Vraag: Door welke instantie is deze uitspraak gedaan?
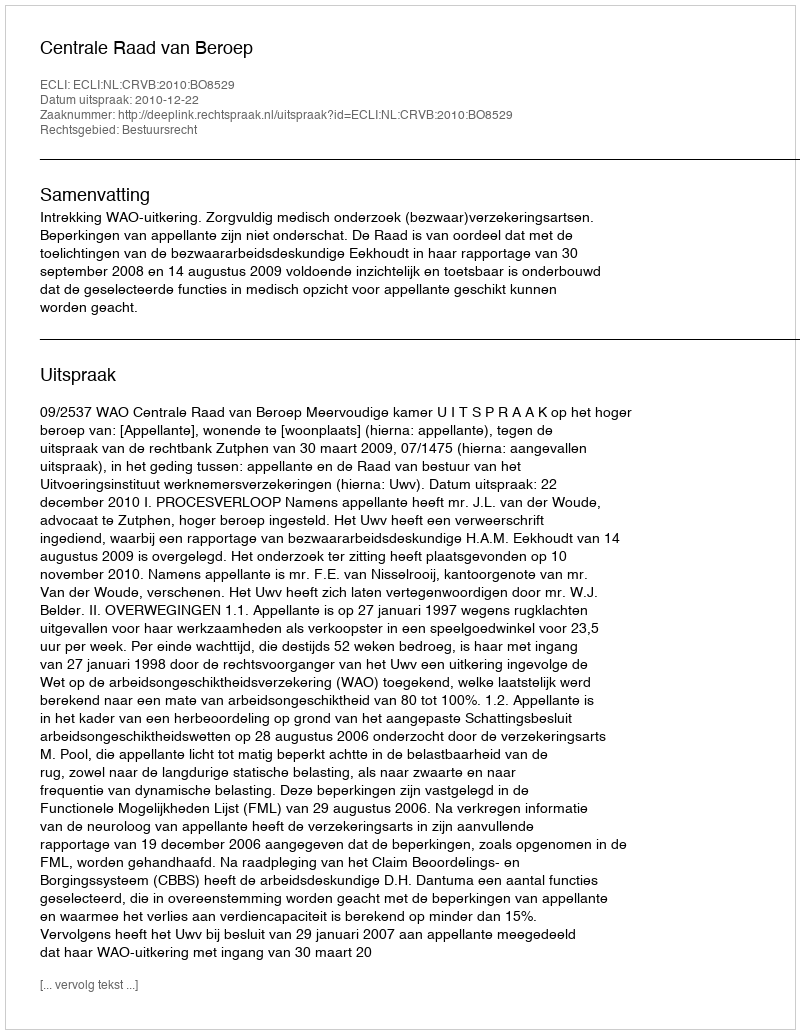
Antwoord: Centrale Raad van Beroep